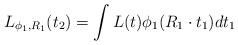
LaTeX: \begin{align*} L_{\phi_1,R_1} (t_2) = \int L(t) \phi_1(R_1 \cdot t_1) dt_1\end{align*}